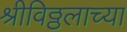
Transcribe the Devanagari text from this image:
श्रीविठ्ठलाच्या